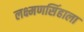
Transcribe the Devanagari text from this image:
लक्ष्मणसिंहाला